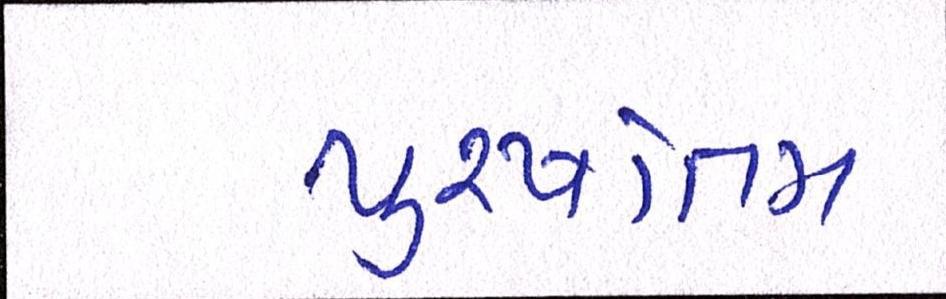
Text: પુરષોત્તમ